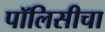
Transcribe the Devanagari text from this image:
पॉलिसीचा